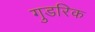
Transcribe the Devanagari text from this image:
गुडरिक